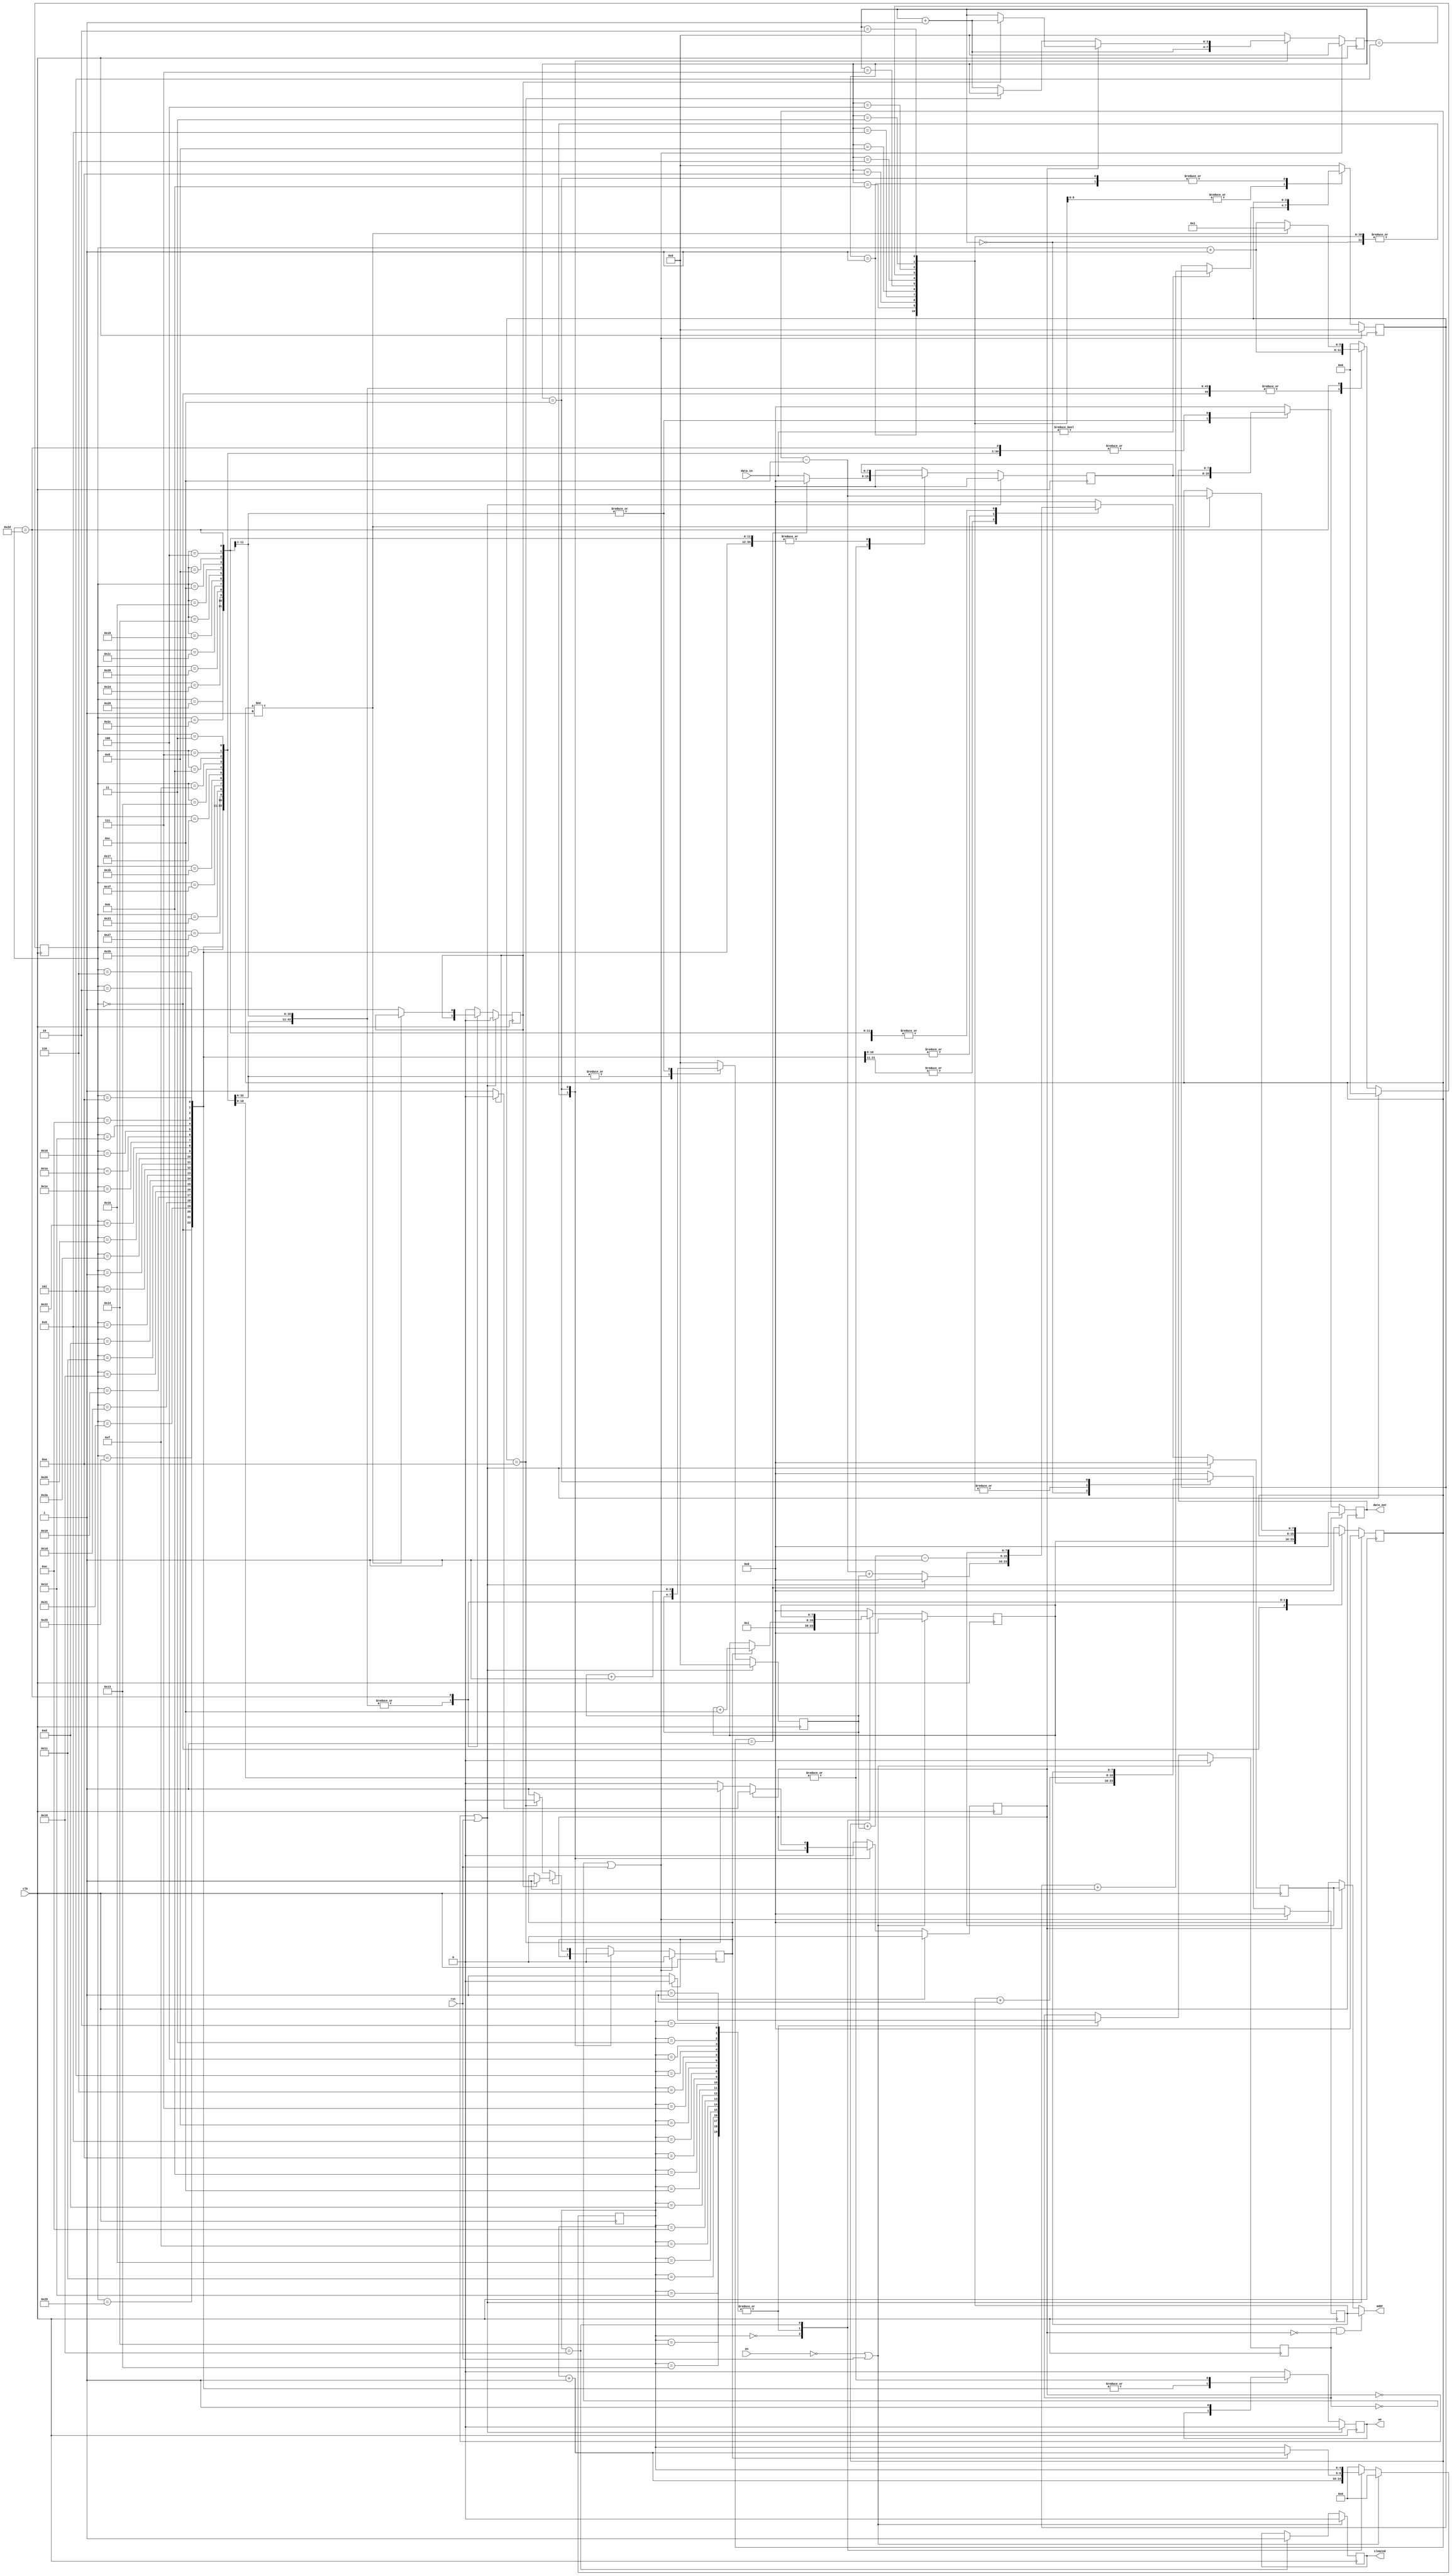
module Line_Clearer(
    input en,
    input clk,
    input rst,
    input [7:0] data_in,
    output reg cleared,
    output reg we,
    output reg [7:0] addr,
    output reg [7:0] data_out
);

	parameter [7:0] LINE_1 = 8'd1;
	parameter [7:0] LINE_OFFSET = 8'd12;
	parameter [7:0] LINE_WIDTH = 4'd10;
	
	reg [4:0] line_iterator;
	reg [7:0] current_line;
	reg [7:0] current_shift_line;
	reg [3:0] check_block_number;
	reg [3:0] block_count;
	reg [5:0] clear_state;
	reg [7:0] check_addr;
	reg [7:0] shift_addr;
	reg [7:0] data;
	reg [3:0] addr_cnt;
	
	reg clear_line, check_line;
	reg line_cleared, advance_line;
	
	//mux the address that goes out to the grid memory
	always @(clear_line, check_line, check_addr, shift_addr)
	begin
		//Line checker is reading memory
		if (check_line && !clear_line)
		begin
			addr <= check_addr;
		end
		//Line Shifter is reading/writing memory
		else if (clear_line)
		begin
			addr <= shift_addr;
		end
		//Nothing is happening to memory
		else
		begin
			addr <= 8'b0;
		end
	end
	
	//Line Shifting/Clearing State machine
	always @(posedge clk)
	begin
		//Clear all used signals when not clearing/shifting lines
		if (~clear_line || rst)
		begin
			we <= 1'b0;
			line_cleared <= 1'b0;
			current_shift_line <= 4'b0;
			clear_state <= 6'b0;
			shift_addr <= 8'b0;
			data <= 8'b0;
			data_out <= 8'b0;
			addr_cnt <= 4'b0;
		end
		else
		begin
			case (clear_state)
				//Init State
				0:
				begin
					current_shift_line <= current_line;
					clear_state <= clear_state + 1'b1;
					line_cleared <= 1'b0;
					addr_cnt <= 4'b0;
				end
				
				//Read Grid Mem
				1, 5, 9, 13, 17, 21, 25, 29, 33, 37, 41:
				begin
					//Ignore reading line above if we are at the top line
					if (current_shift_line == LINE_1)
					begin
						shift_addr <= 8'b0;
					end
					else
					begin
						shift_addr <= (current_shift_line - LINE_OFFSET) + addr_cnt;
					end
	
					clear_state <= clear_state + 1'b1;
				end
				
				//Save value
				2, 6, 10, 14, 18, 22, 26, 30, 34, 38, 42:
				begin
					clear_state <= clear_state + 1'b1;
					shift_addr <= current_shift_line + addr_cnt - 1'b1;
				end
	
				//Write Grid Mem
				3, 7, 11, 15, 19, 23, 27, 31, 35, 39, 43:
				begin
					//Overwrite with air if we are at the top line
					if (current_shift_line == LINE_1)
					begin
						data <= 8'b0;
					end
					else
					begin
						data <= data_in;
					end
	
					we <= 1'b1;
					clear_state <= clear_state + 1'b1;
				end

				4, 8, 12, 16, 20, 24, 28, 32, 36, 40, 44:
				begin
					data_out <= data;
					we <= 1'b0;
					clear_state <= clear_state + 1'b1;
					addr_cnt <= addr_cnt + 1'b1;
				end
	
				//Tidy up or go to the next line to shift
				45:
				begin
					//Next line up
					if (current_shift_line != LINE_1)
					begin
						current_shift_line <= current_shift_line - LINE_OFFSET;
						clear_state <= 6'b1;
					end
					//Finished shifting all lines
					else
					begin
						line_cleared <= 1'b1;
						//Will hit default state to clear everything
						clear_state <= clear_state + 1'b1;
					end

					we <= 1'b0;
					addr_cnt <= 4'b0;
				end

				default:
				begin
					we <= 1'b0;
					line_cleared <= 1'b0;
					current_shift_line <= 4'b0;
					clear_state <= 6'b0;
					shift_addr <= 8'b0;
					data <= 8'b0;
					data_out <= 8'b0;
					addr_cnt <= 4'b0;
				end
			endcase
		end
	end
	
	//Line checking statemachine
	always @(posedge clk)
	begin
		//clear all signals used when line checker is not active
		if (~check_line || rst)
		begin
			block_count <= 4'b0;
			check_addr <= 8'b0;
			check_block_number <= 4'b0;
			clear_line <= 1'b0;
			advance_line <= 1'b0;
		end
		else
		begin
			case(check_block_number)
				//Init State
				0:
				begin
					block_count <= 4'b0;
					check_addr <= current_line;
					check_block_number <= check_block_number + 1'b1;
				end
				//read memory for each block, see if it is air or not
				1:
				begin
					check_addr <= check_addr + 8'b1;
					check_block_number <= check_block_number + 1'b1;
				end

				2, 3, 4, 5, 6, 7, 8, 9, 10, 11:
				begin
					//If not an air block, increment counter
					if (data_in != 8'b0)
					begin
						block_count <= block_count + 8'b1;
					end
					else
					begin
						block_count <= block_count;
					end
	
					check_addr <= check_addr + 8'b1;
					check_block_number <= check_block_number + 1'b1;
				end

				//Hold state while we wait for the line to clear (if needed)
				12:
				begin
					//If a line has been or does not need to be cleared, go to the next line to check
					if (clear_line == 1'b1)
					begin
						if ((line_cleared == 1'b1))
						begin
							//This will hit the default state which will clear everything including advance line pulse
							check_block_number <= check_block_number + 1'b1;
							clear_line <= 1'b0;
							advance_line <= 1'b1;
						end
						//Otherwise stay put
						else
						begin
							check_block_number <= check_block_number;
						end
					end
					else
					begin
						//If we found a line with no air blocks, it needs cleared
						if (block_count == LINE_WIDTH)
						begin
							clear_line <= 1'b1;
							advance_line <= 1'b0;
						end
						//Otherwise go to the next line
						else
						begin
							clear_line <= 1'b0;
							advance_line <= 1'b1;
							check_block_number <= check_block_number + 1'b1;
						end
					end
				end
				//If we end up in a wonky state, go back to the init state
				default:
				begin
					block_count <= 4'b0;
					check_addr <= 8'b0;
					check_block_number <= 4'd0;
					clear_line <= 1'b0;
					advance_line <= 1'b0;
				end
			endcase
		end
	end
	
	// Line iteration state machine
	always @(posedge clk)
	begin
		//Clear all signals when line iterator is not active
		if (~en || rst)
		begin
			cleared <= 1'b0;
			check_line <= 1'b0;
			line_iterator <= 5'b0;
			current_line <= 8'b0;
		end
		else
		begin
			case (line_iterator)
				//Init State
				0:
				begin
					current_line	<= LINE_1;
					line_iterator	<= line_iterator + 5'b1;
				end
				//Iterate over each line
				1, 2, 3, 4, 5, 6, 7, 8, 9, 10, 11, 12, 13, 14, 15, 16, 17, 18, 19, 20:
				begin
					if (advance_line == 1'b1)
					begin
						check_line <= 1'b0;
						current_line	<= current_line + LINE_OFFSET;
						line_iterator <= line_iterator + 5'b1;
					end
					else
					begin
						check_line <= 1'b1;
						current_line <= current_line;
						line_iterator <= line_iterator;
					end
				end
				21:
				begin
					cleared <= 1'b1;
				end
				default:
				begin
					current_line	<= 8'b0;
					line_iterator <= 5'b0;
				end
			endcase
		end
	end
endmodule